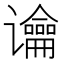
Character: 𰶏